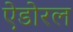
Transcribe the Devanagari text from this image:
ऐडोरल